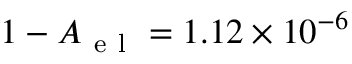
1 - A _ { \mathrm { ~ e ~ l ~ } } = 1 . 1 2 \times 1 0 ^ { - 6 }